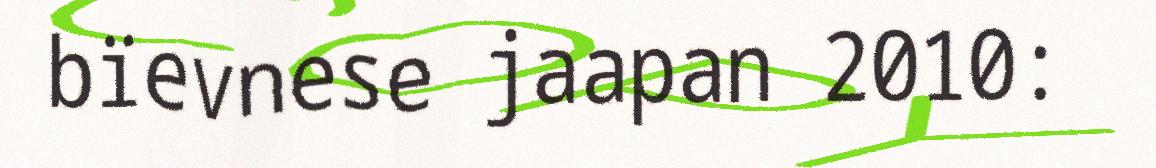
bïevnese jaapan 2010: